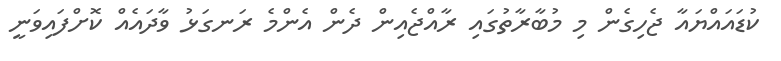
ކުޑައައްޔައާ ޖެހިގެން މި މުބާރާތުގައި ރާއްޖެއިން ދެން އެންމެ ރަނގަޅު ވާދައެއް ކޮށްފައިވަނީ